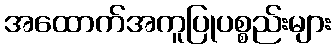
အထောက်အကူပြုပစ္စည်းများ